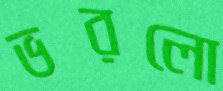
ভরলো